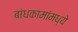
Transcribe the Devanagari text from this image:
बांधकामांमध्ये